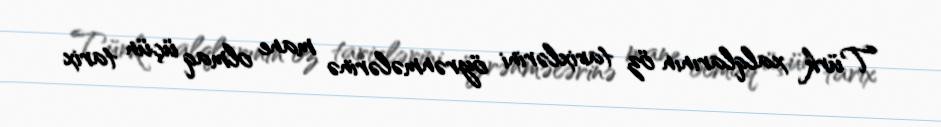
Türk xalqlarının öz tarixlərini öyrənmələrinə mane olmaq üçün tarix